Indian journal of veterinary science and animal husbandry - Volume 7,
Year: 1937
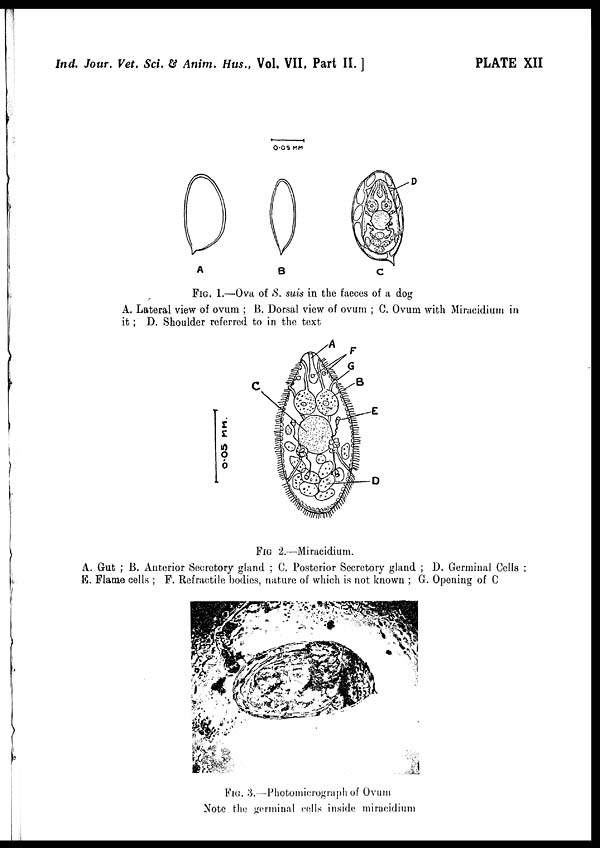
SELECTED ARTICLES
THE CONTROL OF ANIMAL DISEASES IN RELATION TO
OVERSTOCKING AND SOIL EROSION
BY
H. E. HORNBY
Director of Veterinary Services, Tanganyika Territory
(Reprinted from the Empire Journal of Experimental Agriculture, Vol. V, No. 18, April,
1937,
143-154)
SOIL erosion has been defined as ' the corrosive action of natural forces on
the surface of the earth ', and a certain amount of erosion, which in most places
is more than balanced by rock decay, is a normal process. To-day, however,
the term generally implies an accelerated loss of soil so far above the normal that
it constitutes a very serious loss of the natural wealth of many countries. This
accelerated loss is almost entirely due to disturbance by man or his domestic animals
of the vegetative cover which alone can prevent the shifting of soil by rain and wind.
Throughout the world generally it is probable that injudicious cultivation is
by far the most important source of soil erosion, and especially wherever the rain-
fall is both high and well distributed. Thus Eden [ 1 ] in his small monograph
on soil erosion gave very little space to damage by stock, and the committee on
soil erosion in Ceylon [ 2] did not mention stock at all.
It is in countries where the rainfall is low, or sufficiently seasonal to permit
an annual dry season of several consecutive months, that damage by domestic
animals may equal or exceed that done by the cultivator. Thus on page 12 of
the Final Report of the Drought Investigation Commission of the Union of South
Africa [ 3 ] it is stated that ' Deterioration in the vegetal covering of the drier
parts of the Union has been brought about mainly through the practices of kraal¬
ing, herding, and overstocking, together with an insufficient number of drinking
places, and overgrazing '; and on page 15, ' Soil erosion is caused, mainly, by de-
terioration of the vegetal cover brought about by incorrect veld management.'
Also Bennett and Chapline [ 4 ] lay the blame for the appalling soil losses which
are occurring in the United States of America almost equally on the shoulders
of the cultivator and the stockman. We are not concerned, however, with appor-
tioning blame ; our present purpose is to emphasize the fact that overstocking
is an important cause of soil erosion, and that wherever it exists it calls for serious
consideration and scientific intervention. Even in those areas where there is as
yet no apparent overstocking, the possibility of its occurrence should be borne in
mind, and preventive measures be instituted when necessary.
( 309 )